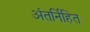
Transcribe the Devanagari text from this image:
अंतर्नि॑हित